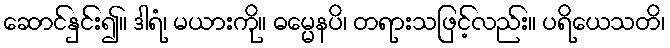
ဆောင်နှင်း၍။ ဒါရံ၊ မယားကို။ ဓမ္မေနပိ၊ တရားသဖြင့်လည်း။ ပရိယေသတိ၊